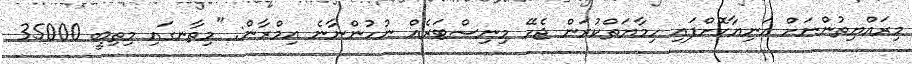
މިރައްޔިތުންނަށް އަނިޔާކޮށްފައި ހިމާޔަތްކުރަން ޖެހޭ މިނިސްޓަރެއް ނުހުންނާނެ އިމްރާން: "މިތާނގައި މިތިބީ 35000